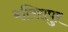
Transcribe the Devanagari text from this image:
बलिसपुर